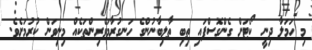
މި ހަމަލާ ދިނީ ކޯޓަށް ގެންގޮސްފައި ތިބި ތާލިބާނުންގެ ހަނގުރާމަވެރިންތަކެއް މިނިވަން ކުރުމަށެވެ.